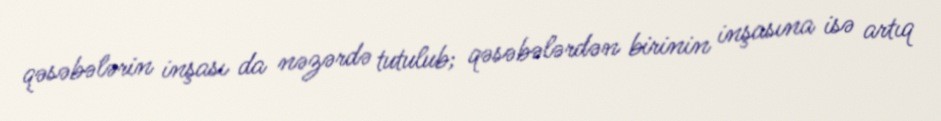
qəsəbələrin inşası da nəzərdə tutulub; qəsəbələrdən birinin inşasına isə artıq